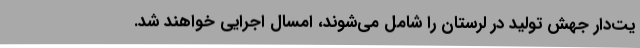
یت‌دار جهش تولید در لرستان را شامل می‌شوند، امسال اجرایی خواهند شد.